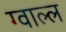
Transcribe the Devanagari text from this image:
ग्वाल्ल